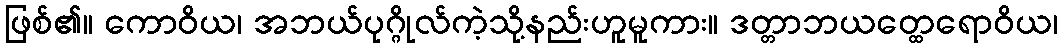
ဖြစ်၏။ ကောဝိယ၊ အဘယ်ပုဂ္ဂိုလ်ကဲ့သို့နည်းဟူမူကား။ ဒတ္တာဘယတ္ထေရောဝိယ၊